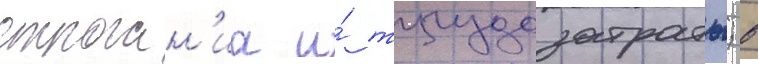
строган'иа и́ трудозатраты; в